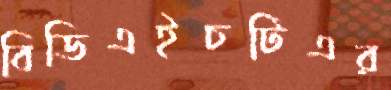
বিডিএইচটিএর